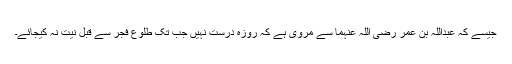
جیسے کہ عبداللہ بن عمر رضی اللہ عنہما سے مروی ہے کہ روزہ درست نہیں جب تک طلوع فجر سے قبل نیت نہ کیجائے۔